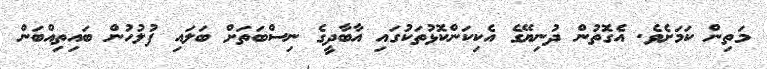
މަތިން ކަމަށެވެ. އެގޮތުން ދުނިޔޭގެ އެކިކަންކޮޅުތަކުގައި އާބާދީގެ ނިސްބަތަށް ބަލައި ފުލުހުން ބައިތިއްބަން